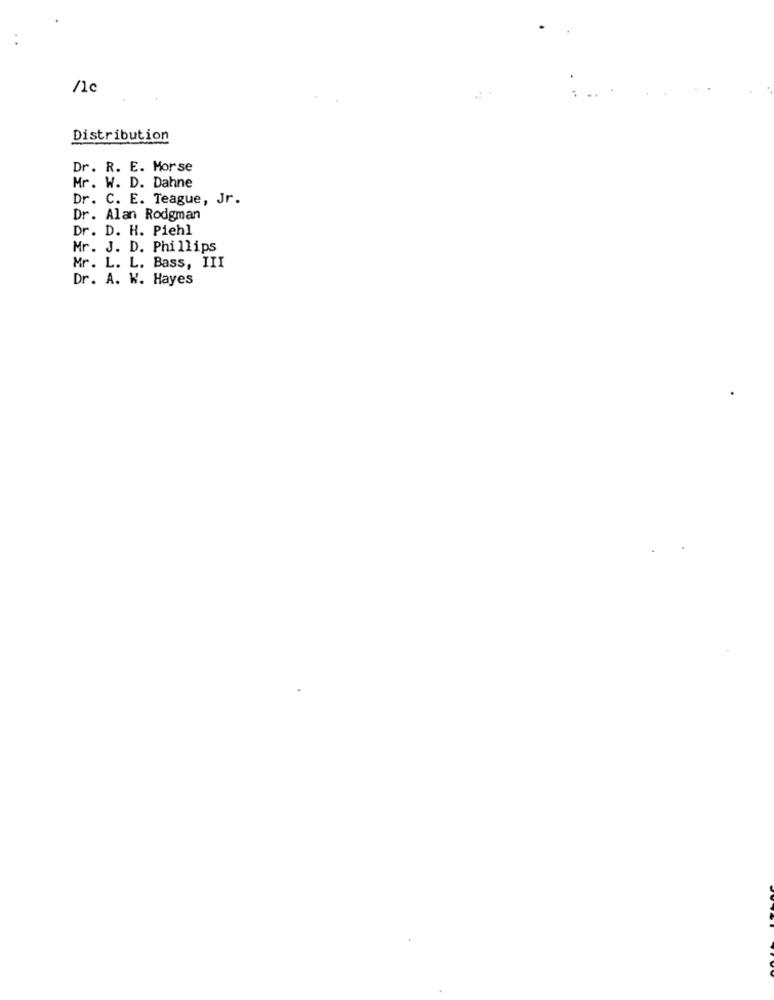
/1c
Distribution
Dr. R. E. Morse
Mr. W. D. Dahne
Dr. C. E. Teague, Jr.
Dr. Alan Rodgman
Dr. D. H. Piehl
Mr. J. D. Phillips
Mr. L. L. Bass, III
Dr. A. W. Hayes